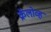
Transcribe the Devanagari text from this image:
क्रॅलोव्ह